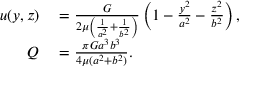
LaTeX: \begin{array} { r l } { u ( y , z ) } & { { } = { \frac { G } { 2 \mu \left( { \frac { 1 } { a ^ { 2 } } } + { \frac { 1 } { b ^ { 2 } } } \right) } } \left( 1 - { \frac { y ^ { 2 } } { a ^ { 2 } } } - { \frac { z ^ { 2 } } { b ^ { 2 } } } \right) , } \\ { Q } & { { } = { \frac { \pi G a ^ { 3 } b ^ { 3 } } { 4 \mu ( a ^ { 2 } + b ^ { 2 } ) } } . } \end{array}